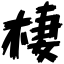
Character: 棲